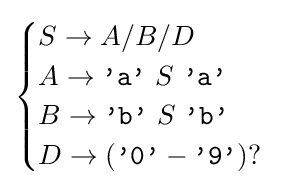
{\begin{cases}S\rightarrow A/B/D\\A\rightarrow {\texttt {'a'}}\ S\ {\texttt {'a'}}\\B\rightarrow {\texttt {'b'}}\ S\ {\texttt {'b'}}\\D\rightarrow ({\texttt {'0'}}-{\texttt {'9'}})?\end{cases}}